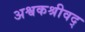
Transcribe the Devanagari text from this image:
अश्वकश्रीवद्‌